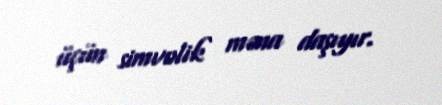
üçün simvolik məna daşıyır.